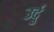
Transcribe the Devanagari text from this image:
उर्दुू